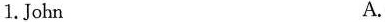
1. Jobn A.